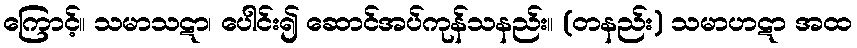
ကြောင့်။ သမာသဋာ၊ ပေါင်း၍ ဆောင်အပ်ကုန်သနည်း။ (တနည်း) သမာဟဋာ အထ